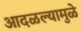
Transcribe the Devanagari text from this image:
आदळल्यामुळे